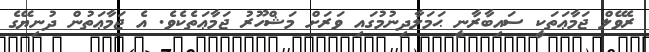
ރެވޭލް ޖަމާޢަތަކީ ސައިބާރާނީ ޙަމަލާދިނުމުގައި ވަރަށް މަޝްހޫރު ޖަމާޢަތެކެވެ. އެ ޖަމާޢަތުން ދުނިޔޭގެ